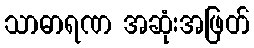
သာဓာရဏ အဆုံးအဖြတ်